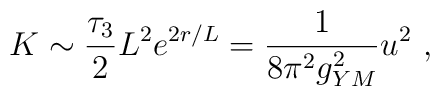
K \sim \frac{\tau_3}{2} L^2 e^{2r/L} = \frac{1}{8 \pi^2 g_{YM}^2} u^2\ ,